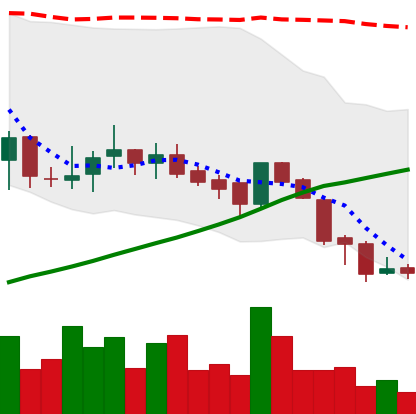
Ticker: BNB-USD
Chart end date: 2018-07-14
Forward return: 6.791%
Label: up_5_7